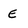
Character: E